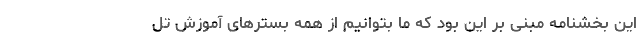
این بخشنامه مبنی بر این بود که ما بتوانیم از همه بسترهای آموزش تل